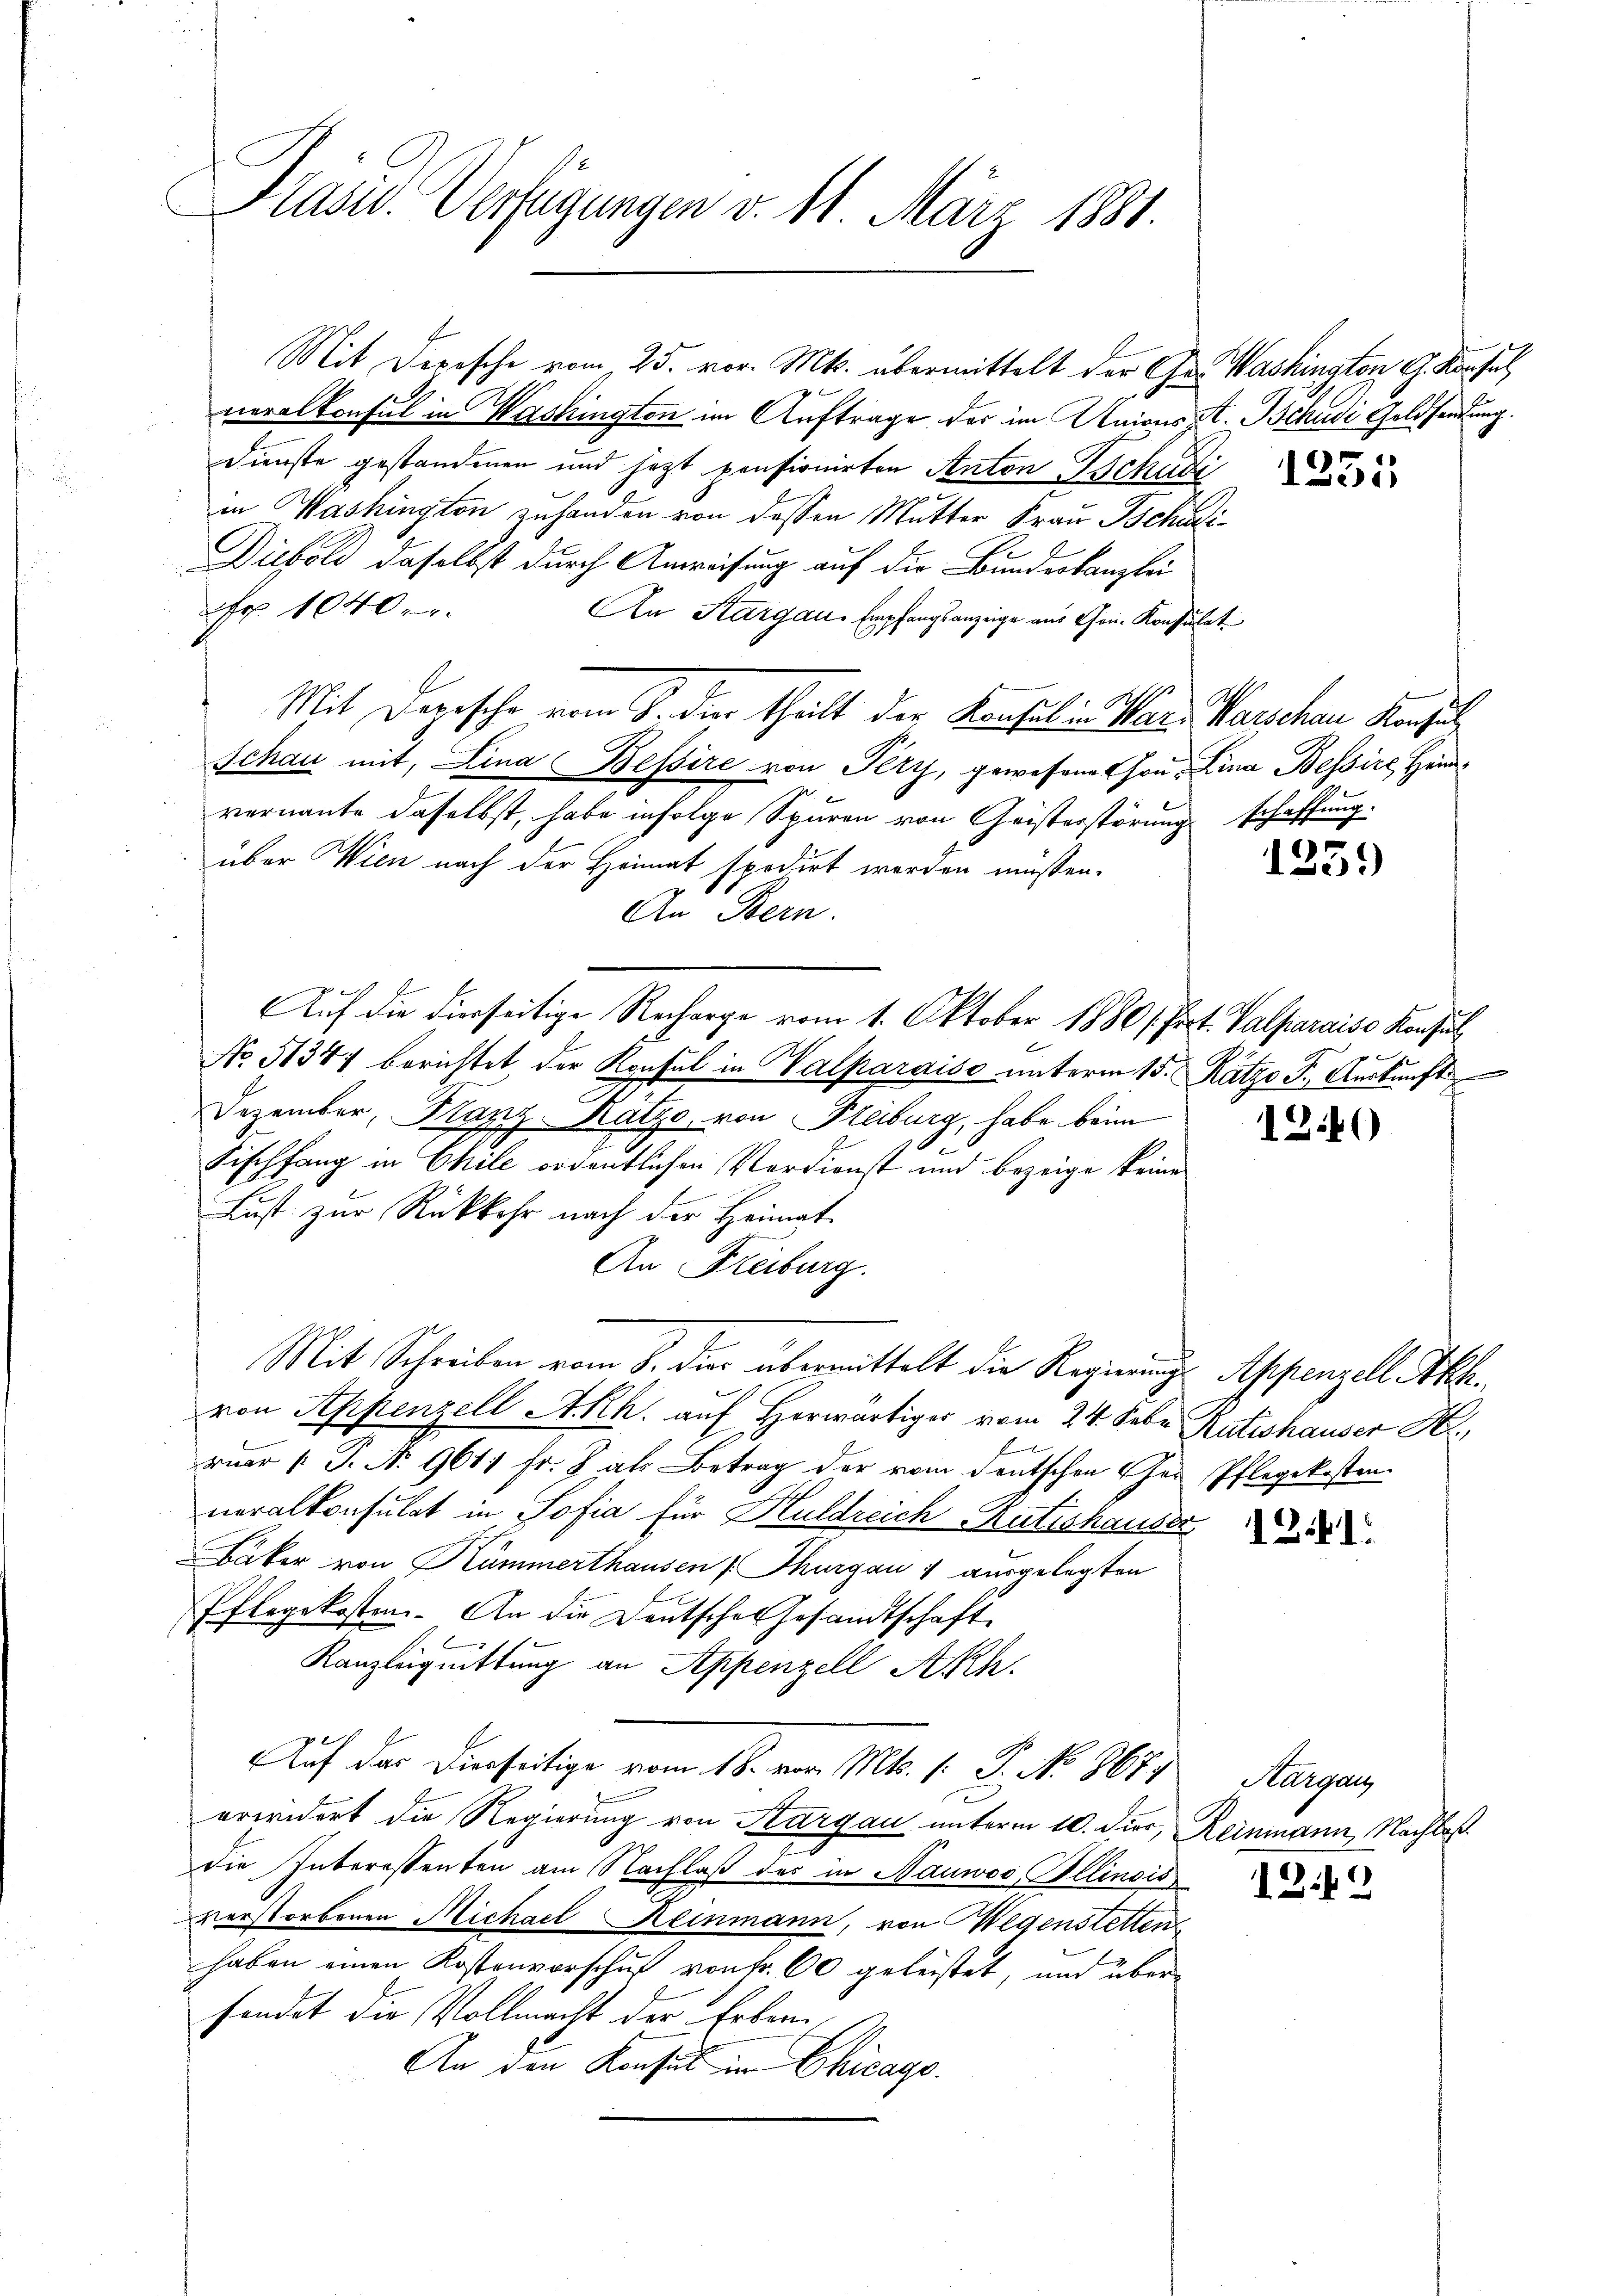
Präsid. Verfügungen v. 11. März 1881.

Mit Depesche vom 25. vor. Mts. übermittelt der Ges. Washington G. Konsul

neralkonsul in Washington im Auftrage der im Unions A. Schudi Geldsendung.
Dienste gestandenen und jetzt pensionirten Anton Tschudi
in Washington zuhanden von dessen Mutter Frau Tschudi¬
Diebold daselbst durch Anweisung auf die Bundeskanzlei
r 1040.
An Aargau, Empfangsanzeige aus Gen. Konsulat
Mit Depesche vom 8. der theilt der Konsul in Ward Marschau Konsul
Schau mit, Lina Bessire von Pery, gewesene Gou- Lina Bessire Heinvernannte daselbst, habe infolge Spuren von Geisterstörung schaffung.
über Wien nach der Heimat spedirt worden müssen.
An Bern.
Auf die dierseitige Recharge vom 1. Oktober 1880 /Prot. Valparaiso Konsul
No 51347 berichtet der Konsul in Halparaiso unterm 15. Ratzo F. Auskunft
Dezember, Kanz-Ratzo, von Freiburg, habe beim
Fischfang in Chile ordentlichen Verdienst und bezeige keine
Lust zur Rückkehr nach der Heimat-
An Freiburg.
Mit Schreiben vom 8. die übermittelt die Regierungs Appenzell Akh.
von Appenzell Akh. auf Herwärtiges vom 24. Febr. Rutishauser H
ruar 1: P. N. 9611 fr. J. als Betrag der vom deutschen Gei Pflegekosten
neralkonsulat in Sofia für Huldreich Katishauser
Bäker von Kummerthausen Thurgau 1 ausgelegten
Pflegekosten. An die Deutsches Gesandtschaft
Kanzleiguittung an Appenzell Akh.
Auf das Dierseitige vom 18. von Mts. 1. P. No. 867, Aargau,
erwidert die Regierung von Aargau unterm 10. Dier, Reinmann, Nachlas
die Interessenten am Nachlaβ der in Nauwoo Ollinoić
verstorbenen Michael Reinmann, von Wegenstetten
haben einen Kostenvorschuß von Fr. 60 geleistet, und übersendet die Vollmacht der Erben.
An den Konsul in Chicago

1351

A

123.)

1240